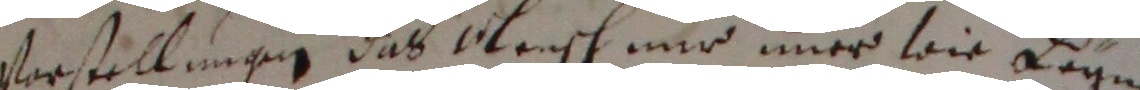
vorstillungen das kleisch mir einer weie kagen